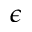
\epsilon